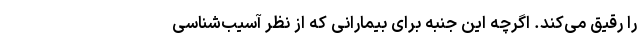
را رقیق می‌کند. اگرچه این جنبه برای بیمارانی که از نظر آسیب‌شناسی